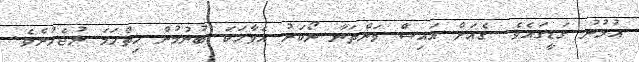
އުޅުނު ގަޑީގައެވެ. ގެއަށް އައިސް ވަންތަނާ ނޯކަރު އެވާހަކަ ބުނުމުން ހިތްހަމަ ނުޖެހުނެވެ.